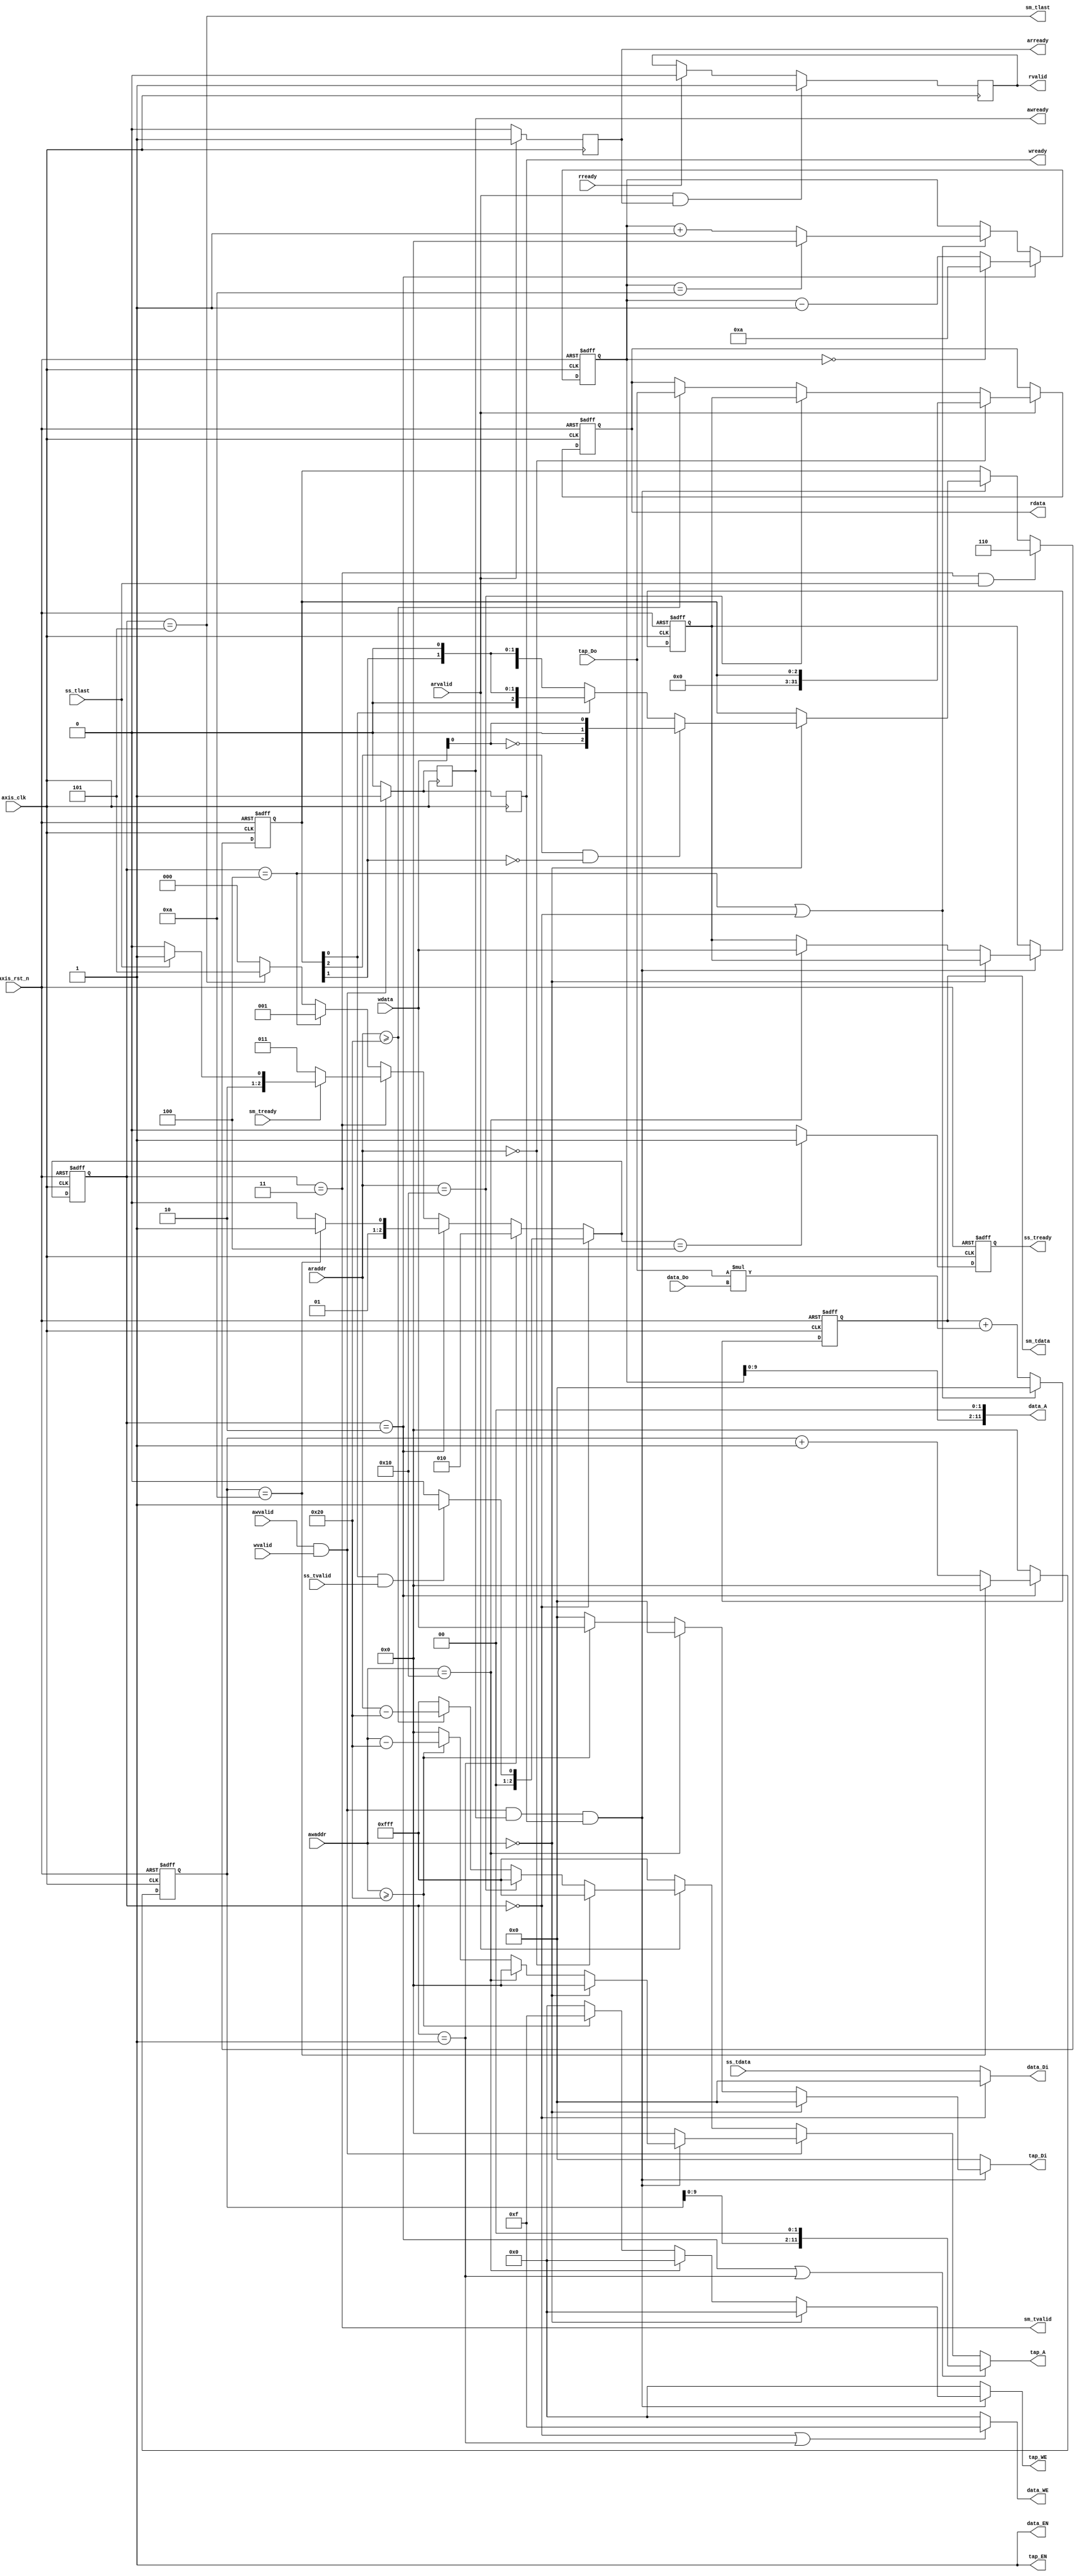
`timescale 1ns / 1ps
module fir 
#(  parameter pADDR_WIDTH = 12,
    parameter pDATA_WIDTH = 32,
    parameter Tape_Num    = 11
)
(
    output  reg awready,
    output  reg wready,
    input   wire                     awvalid,
    input   wire [(pADDR_WIDTH-1):0] awaddr,
    input   wire                     wvalid,
    input   wire [(pDATA_WIDTH-1):0] wdata,
    output  reg arready,
    input   wire                     rready,
    input   wire                     arvalid,
    input   wire [(pADDR_WIDTH-1):0] araddr,
    output  reg rvalid,
    output  reg [(pDATA_WIDTH-1):0] rdata,    
    input   wire                     ss_tvalid, 
    input   wire [(pDATA_WIDTH-1):0] ss_tdata, 
    input   wire                     ss_tlast, 
    output  reg                      ss_tready, 
    input   wire                     sm_tready, 
    output  wire                     sm_tvalid, 
    output  wire [(pDATA_WIDTH-1):0] sm_tdata, 
    output  wire                     sm_tlast, 
    
    // bram for tap RAM
    output  reg [3:0]               tap_WE,
    output  wire tap_EN,
    output  reg [(pDATA_WIDTH-1):0] tap_Di,
    output  wire [(pADDR_WIDTH-1):0] tap_A,
    input   wire [(pDATA_WIDTH-1):0] tap_Do,

    // bram for data RAM
    output  reg [3:0]               data_WE,
    output  wire                     data_EN,
    output  wire [(pDATA_WIDTH-1):0] data_Di,
    output  wire  [(pADDR_WIDTH-1):0] data_A,
    input   wire [(pDATA_WIDTH-1):0] data_Do,

    input   wire                     axis_clk,
    input   wire                     axis_rst_n
);
    reg [7:0] config_reg;
    reg [2:0] ap_config, ap_config_next;
    reg [2:0] state, state_next;
    reg [31:0] data_len, data_len_next;
    reg [pADDR_WIDTH-1:0] tap_r_addr, tap_w_addr, data_addr, data_addr_next, tap_addr, tap_addr_next;
    reg [pDATA_WIDTH-1:0] fir_out, fir_out_next, rdata_next;
    reg ss_tready_next;
    parameter s_idle = 0, s_get = 1, s_comp = 2, s_out = 3, s_next = 4, s_last = 5;

    assign tap_A = ((state == s_comp) || (state == s_get)) ? (tap_addr << 2) : (awvalid && wvalid) ? tap_w_addr : tap_r_addr;
    assign data_A = data_addr << 2;
    assign tap_EN = 1;
    assign data_EN = 1;
    assign data_Di = (state == s_idle) ? 32'b0 : ss_tdata;
    assign sm_tdata = fir_out;
    assign sm_tvalid = state == s_out;
    assign sm_tlast = state == s_last;

    always@(*) begin
        ap_config_next = ap_config;
        data_len_next = data_len;
        tap_w_addr = 12'h0;
        tap_WE = 4'b0;
        tap_Di = 32'b0;
        if (awvalid && wvalid && awready && wready) begin
            if (awaddr == 12'h0) begin
                if (ap_config[2] && (!ap_config[1])) ap_config_next = {~wdata[0], 1'b0, wdata[0]};
                else if (ap_config[0]) ap_config_next = {1'b0, ap_config[1], 1'b0};
            end 
            else if (awaddr == 12'h010) begin
                data_len_next = wdata;
            end
            else if (awaddr >= 12'h020) begin
                tap_w_addr = awaddr - 12'h20;
                tap_WE = 4'hf;
                tap_Di = wdata;
            end
        end
        //if (arvalid && arready) begin
        //    if (araddr == 12'h0) ap_config_next = {ap_config[2], 1'b0, ap_config[0]};
        //end
        if ((state == s_out) && ss_tlast) ap_config_next = {1'b1, 1'b1, 1'b0};
    end

    always@(*) begin
        rdata_next = rdata;
        tap_r_addr = 12'hfff;
        if (arvalid) begin
            if (araddr == 12'h0) begin
                rdata_next = {5'b0, ap_config};
            end
            else if(araddr == 12'h010) begin
                rdata_next = data_len;
            end
            else if(araddr >= 12'h020) begin
                tap_r_addr = araddr - 12'h20;
                rdata_next = tap_Do;
            end
        end
    end
    
    always@(*) begin
        state_next = s_idle;
        if (state == s_idle) begin
            if (ap_config[0] && ss_tvalid) state_next = s_get;
            else state_next = s_idle;
        end
        else if (state == s_get) begin
            state_next = s_comp;
        end
        else if (state == s_comp) begin
            if (tap_addr == 12'd10) state_next = s_out;
            else state_next = s_comp;
        end
        else if (state == s_out) begin
            if (sm_tready) begin
                if (ss_tlast) state_next = s_last;
                else state_next = s_next;
            end
            else state_next = s_out;
        end
        else if (state == s_next) state_next = s_get;
        else if (state == s_last) state_next = s_last;
    end

    always@(*) begin
        data_addr_next = data_addr;
        if ((state == s_comp)) begin
            if (data_addr == 12'd0)
                data_addr_next = 12'd10;
            else data_addr_next = data_addr - 12'd1;
        end
        else if ((state == s_next) || (state == s_idle)) begin
            if (data_addr == 12'd10) data_addr_next = 12'd0;
            else data_addr_next = data_addr_next + 12'd1;
        end
    end

    always@(*) begin
        if ((state == s_idle) || (state == s_get)) data_WE = 4'hf;
        else data_WE = 4'h0;
    end
    always@(*) begin
        tap_addr_next = 0;
        if (state == s_comp) begin
            if (tap_addr == 12'd10) begin
                tap_addr_next = 12'd0;
            end
            else tap_addr_next = tap_addr + 12'd1;
        end
    end

    always@(*) begin
        fir_out_next = fir_out + (tap_Do * data_Do);
    end

    always@(posedge axis_clk) begin
        if (awvalid && wvalid) begin
            awready <= 1'b1;
            wready <= 1'b1;
        end
        else begin
            awready <= 1'b0;
            wready <= 1'b0;
        end
    end

    always@(posedge axis_clk) begin
        if (arvalid) begin
            arready <= 1'b1;
        end
        else arready <= 1'b0;
    end

    always@(posedge axis_clk) begin
        if ((arvalid && arready)) 
            rvalid <= 1'b1;
        else if (!rready) 
            rvalid <= rvalid;
        else
            rvalid <= 1'b0;
    end

    always@(*) ss_tready_next = state_next == s_next ? 1'b1: 1'b0;

    always@(posedge axis_clk or negedge axis_rst_n) begin
        if (!axis_rst_n) begin
            ap_config <= 3'b100;
            state <= s_idle;
            data_addr <= 12'h0;
            tap_addr <= 12'd0;
            fir_out <= 32'b0;
            data_len <= 32'b0;
            rdata <= 32'b0;
            ss_tready <= 1'b0;
            fir_out <= 32'b0;
        end
        else begin
            ap_config <= ap_config_next;
            state <= state_next;
            data_addr <= data_addr_next;
            tap_addr <= tap_addr_next;
            if ((state == s_next) || (state == s_idle))
                fir_out <= 32'b0;
            else fir_out <= fir_out_next;
            data_len <= data_len_next;
            rdata <= rdata_next;
            ss_tready <= ss_tready_next;
        end
    end
endmodule